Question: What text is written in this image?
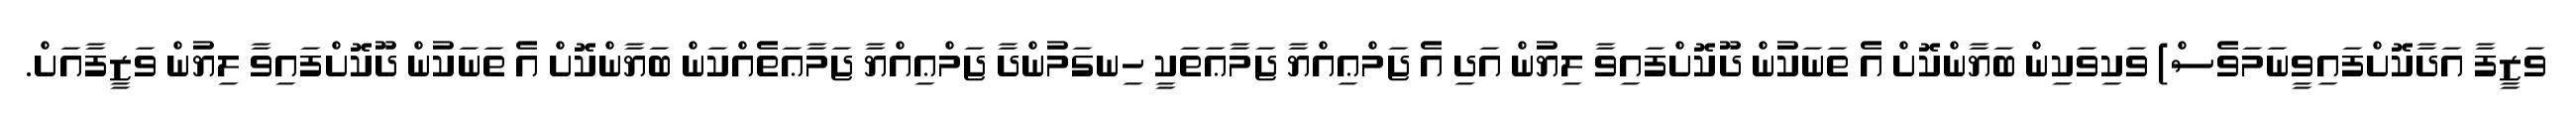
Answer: ވަޒީފާ އަދާކޮށްފައިވީނަމަވެސް) ވަކިވަކިން ބަޔާންކޮށް އެ ތަނަކުން ދޫކޮށްފައިވާ ލިޔުން އަދި އެ ޖަމްޢިއްޔާ ޖަމާޢަތަކީ ހިނގަމުންދާ ޖަމްޢިއްޔާ ޖަމާޢަތެއްކަން ބަޔާންކޮށް އެ ތަނަކުން ދޫކޮށްފައިވާ ލިޔުން ވަޒީފާއަށް.